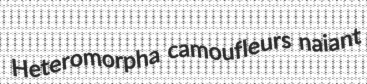
Heteromorpha camoufleurs naiant